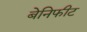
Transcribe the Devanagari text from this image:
बेनिफीट